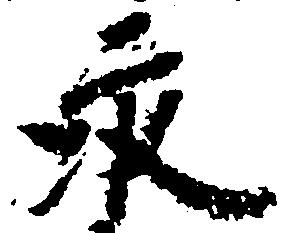
永